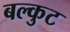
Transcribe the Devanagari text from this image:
बल्कुट